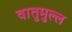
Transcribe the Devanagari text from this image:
वातुमुल्ल